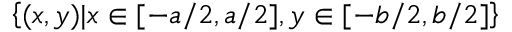
\left\lbrace ( x , y ) | x \in [ - { a } / { 2 } , { a } / { 2 } ] , y \in [ - { b } / { 2 } , { b } / { 2 } ] \right\rbrace